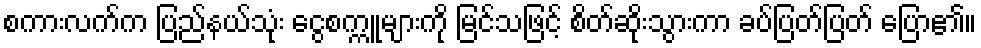
စကားလက်က ပြည်နယ်သုံး ငွေစက္ကူများကို မြင်သဖြင့် စိတ်ဆိုးသွားကာ ခပ်ပြတ်ပြတ် ပြော၏။